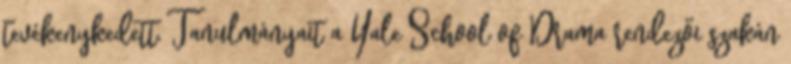
tevékenykedett. Tanulmányait a Yale School of Drama rendezői szakán